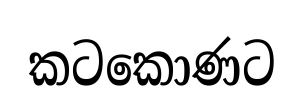
කටකොණට